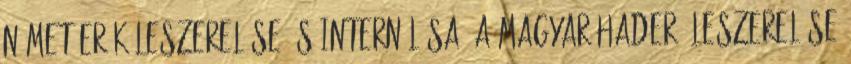
német erõk leszerelése és internálása, a magyar haderõ leszerelése